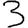
Digit: 3